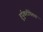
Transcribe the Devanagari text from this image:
हुर्दुकटीपेतच